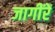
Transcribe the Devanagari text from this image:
जागींरें